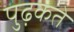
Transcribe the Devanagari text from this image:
पुढ़कते